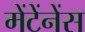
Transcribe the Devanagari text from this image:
मेंटेंनेंस